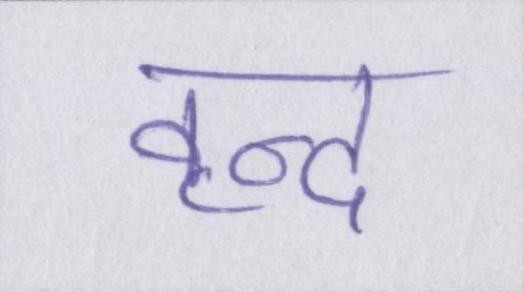
वृन्द